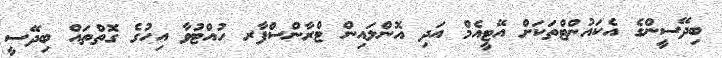
ބިދޭސީންގެ އެކައުންޓްތަކަށް އޭޓީއެމް އަދި އޮންލައިން ޓްރާންސްފާރ ހުއްޓުވާ އިހުގެ ގޮތްތައް ބިދޭސީ